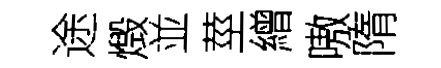
途燬並莖繒嗷隋